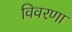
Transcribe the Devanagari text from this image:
विवरणा